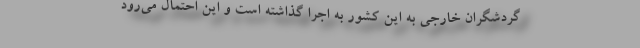
گردشگران خارجی به این کشور به اجرا گذاشته است و این احتمال می‌رود